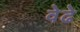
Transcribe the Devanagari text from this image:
वेढे